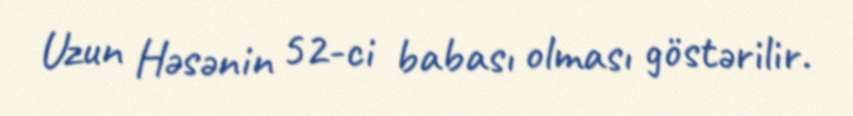
Uzun Həsənin 52-ci babası olması göstərilir.